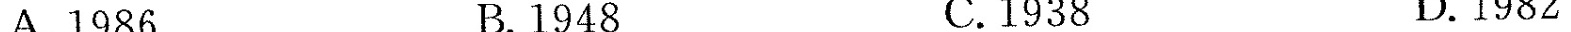
A.1986 B.1948 C.1938 D.1982